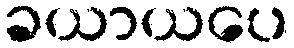
ခယာယပေ